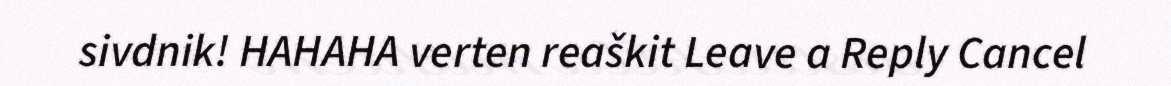
sivdnik! HAHAHA verten reaškit Leave a Reply Cancel